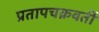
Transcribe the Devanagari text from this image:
प्रतापचक्रवर्ती